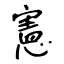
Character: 憲